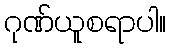
ဂုဏ်ယူစရာပါ။